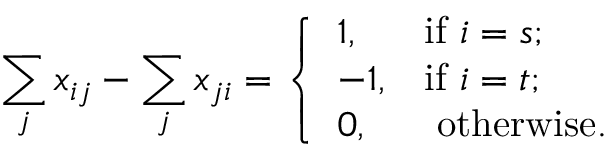
\sum _ { j } x _ { i j } - \sum _ { j } x _ { j i } = { \left\{ \begin{array} { l l } { 1 , } & { { \mathrm { i f ~ } } i = s ; } \\ { - 1 , } & { { \mathrm { i f ~ } } i = t ; } \\ { 0 , } & { { \mathrm { ~ o t h e r w i s e . } } } \end{array} \right. }